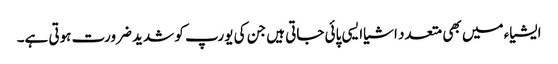
ایشیاء میں بھی متعدد اشیاایسی پائی جاتی ہیں جن کی یورپ کو شدید ضرورت ہوتی ہے۔